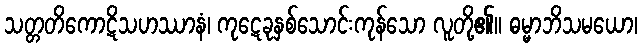
သတ္တတိကောဋိသဟဿာနံ၊ ကုဋေခုနှစ်သောင်းကုန်သော လူတို့၏။ ဓမ္မာဘိသမယော၊